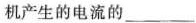
机产生的电流的___